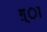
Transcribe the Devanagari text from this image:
ग़्ा